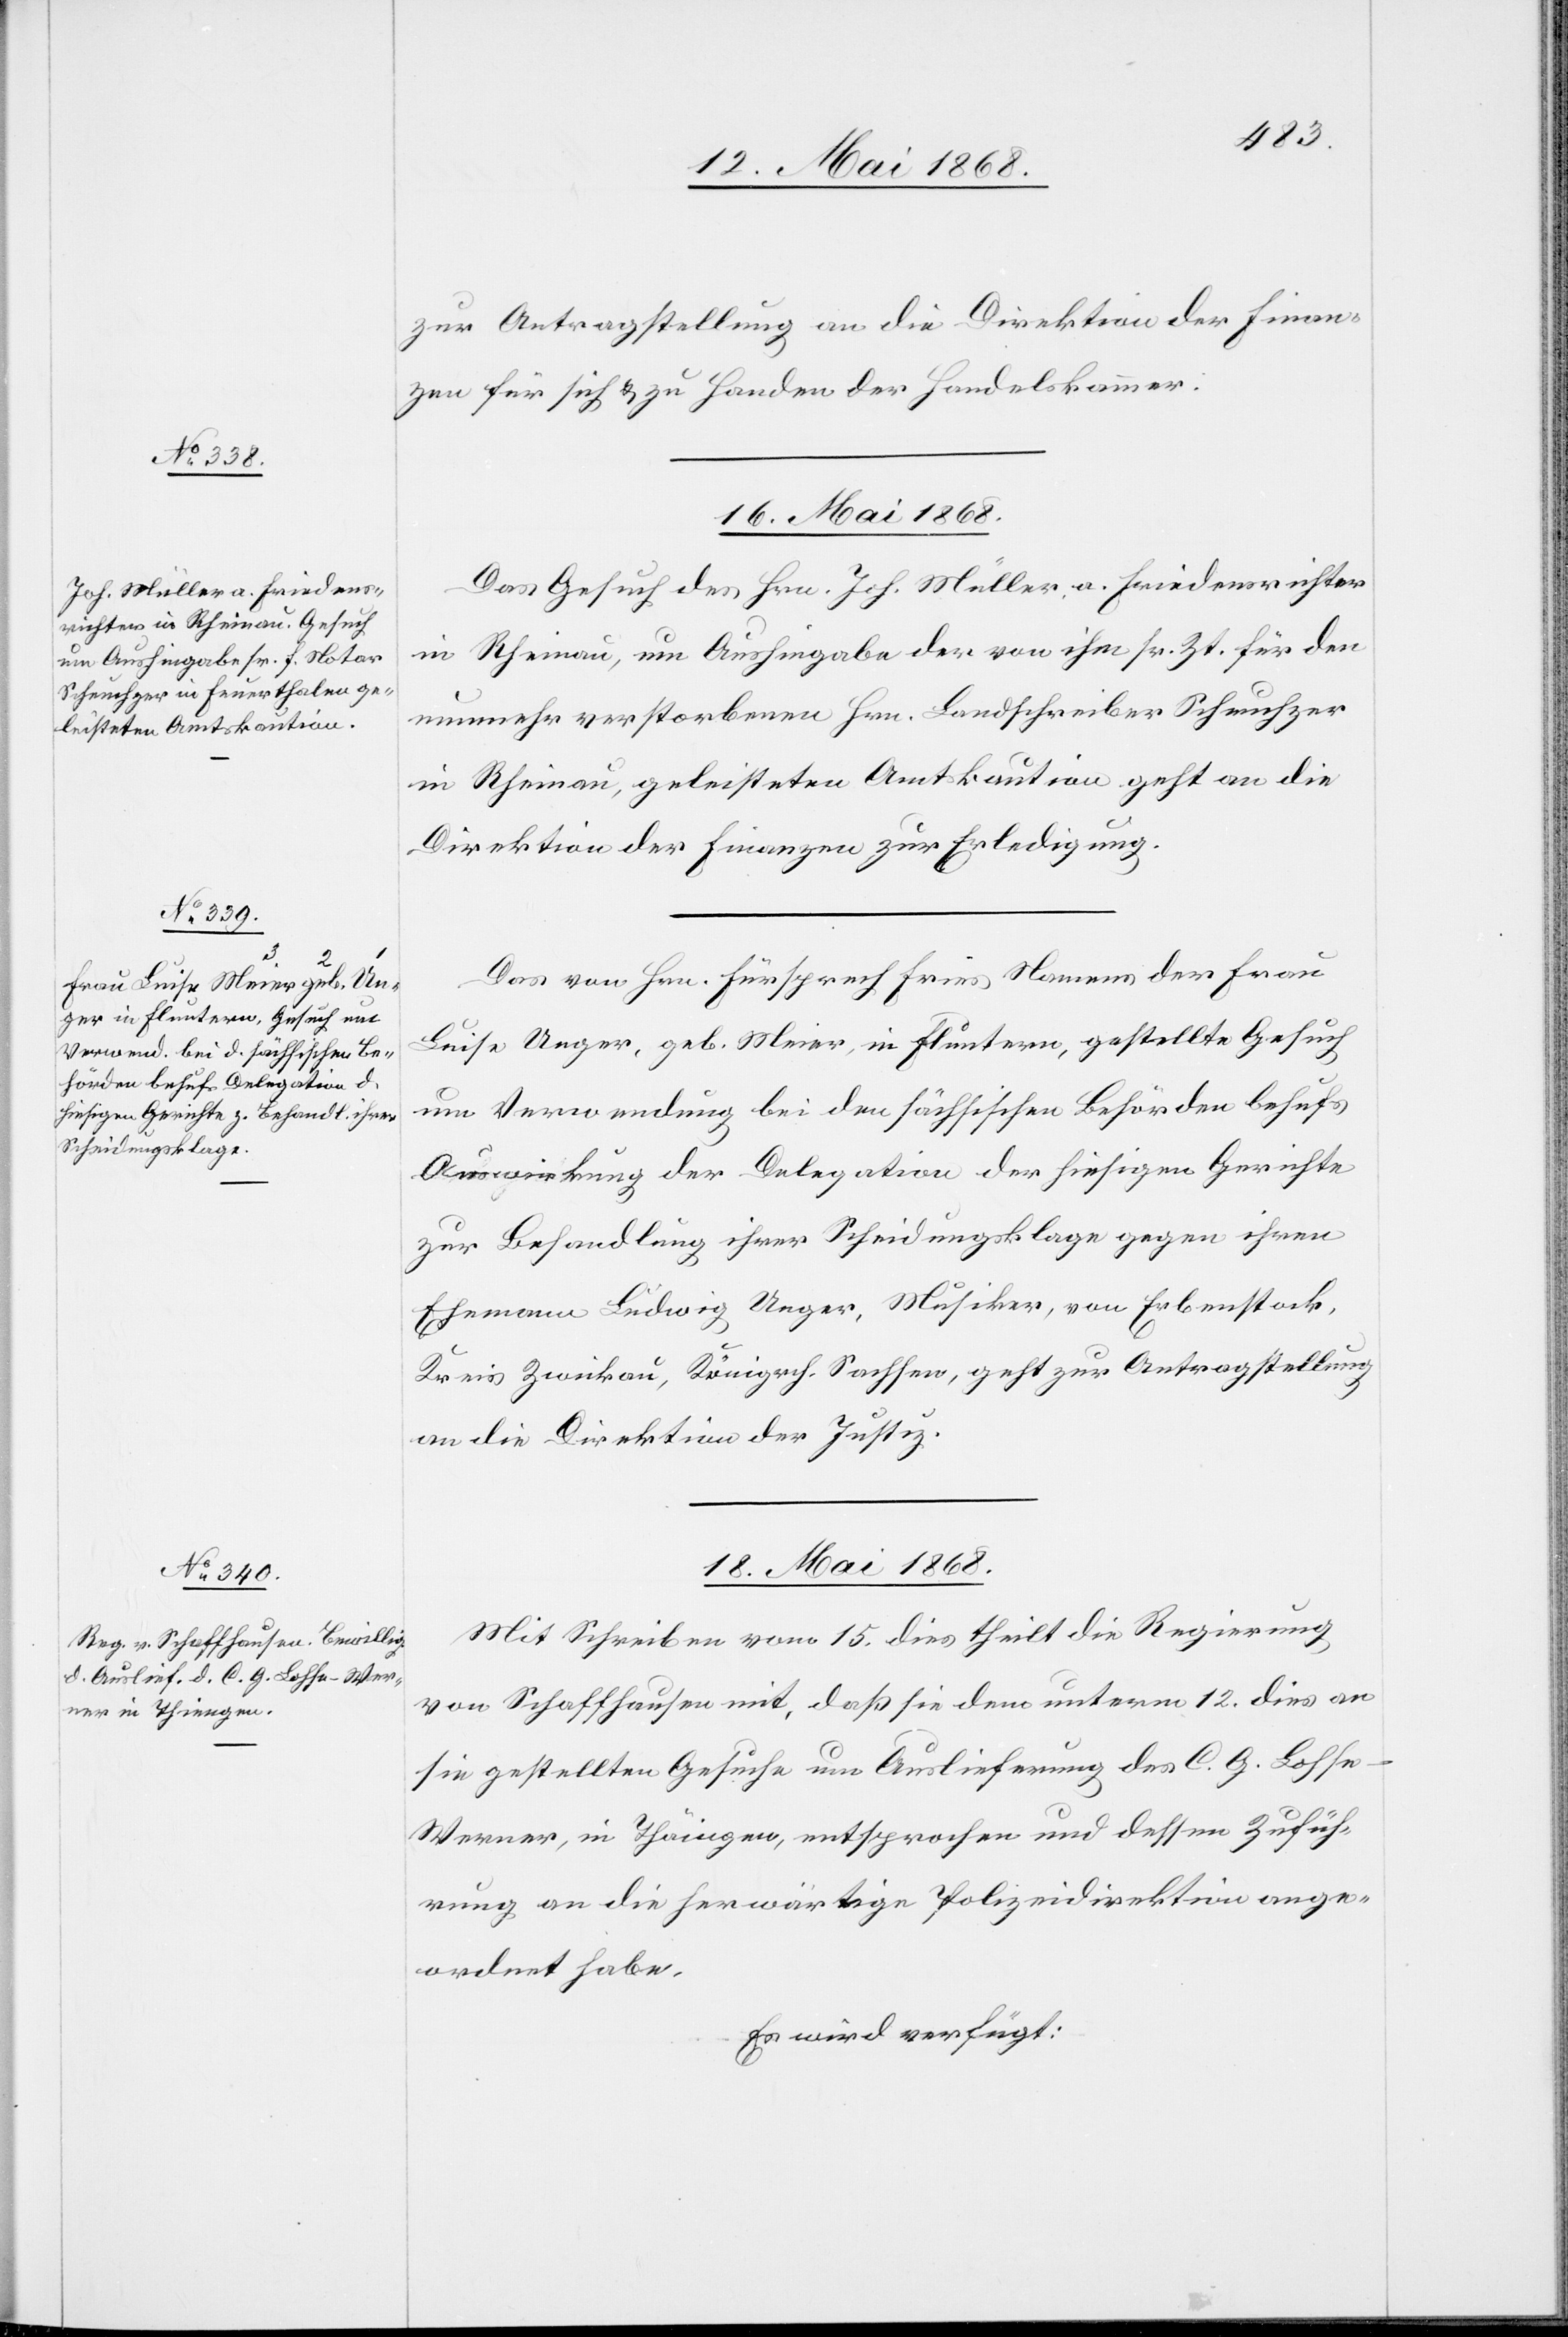
16. Mai 1868.]
zur Antragstellung an die Direktion der Finan¬
zen für sich & zu Handen der Handelskammer.
16. Mai 1868.
Das Gesuch des Hrn. Joh. Müller, a. Friedensrichter
in Rheinau, um Aushingabe der von ihm sr. Zt. für den
nunmehr verstorbenen Hrn. Landschreiber Scheuchzer
in Rheinau, geleisteten Amtskaution geht an die
Direktion der Finanzen zur Erledigung.
Das von Hrn. Fürsprech Fries Namens der Frau
Luise Unger, geb. Meier, in Fluntern, gestellte Gesuch
um Verwendung bei den sächsischen Behörden behufs
Auswirkung der Delegation der hiesigen Gerichte
zur Behandlung ihrer Scheidungsklage gegen ihren
Ehemann Ludwig Unger, Musiker, von Erbenstock,
Kreis Zwickau, Königrch. Sachsen, geht zur Antragstellung
an die Direktion der Justiz.
18. Mai 1868.
Mit Schreiben vom 15. dies theilt die Regierung
von Schaffhausen mit, daß sie dem unterm 12. dies an
sie gestellten Gesuche um Auslieferung des C. G. Lohs¬
e-Werner, in Thäingen, entsprochen und dessen Zufüh¬
rung an die herwärtige Polizeidirektion ange¬
ordnet habe.
Es wird verfügt: